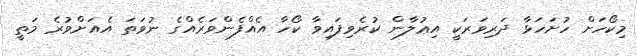
މިކޯހަށް ހުށަހަޅާ ދަރިވަރަކީ އިޢުލާން ކުރެވިފައިވާ ކޯހާ އެއްފެންވަރެއްގެ ނުވަތަ އެއަށްވުރެ މަތީ